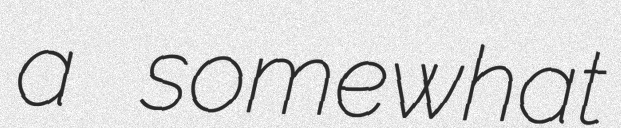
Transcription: a somewhat